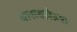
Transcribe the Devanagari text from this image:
भासवलेल्या